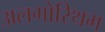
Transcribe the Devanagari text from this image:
अलगोरिथम